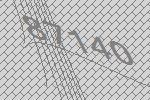
87140